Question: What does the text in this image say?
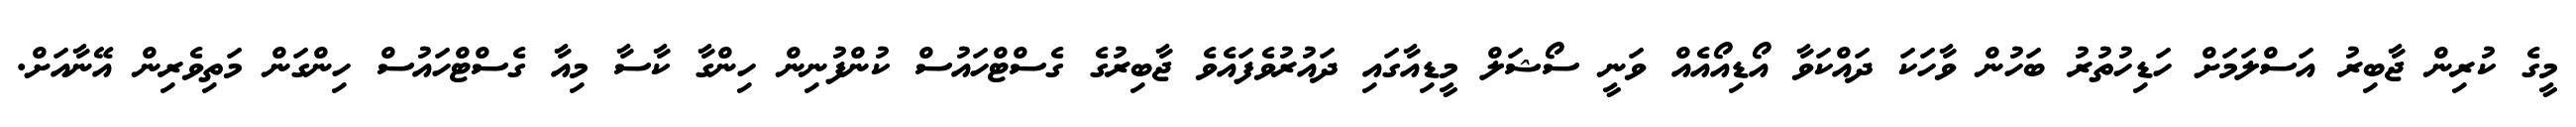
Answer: މީގެ ކުރިން ޖާބިރު އަސްލަމަށް ހަޑިހުތުރު ބަހުން ވާހަކަ ދައްކަވާ އޯޑިއޯއެއް ވަނީ ސޯޝަލް މީޑިއާގައި ދައުރުވެފައެވެ ޖާބިރުގެ ގެސްޓްހައުސް ކުންފުނިން ހިންގާ ކާސާ މިއާ ގެސްޓްހައުސް ހިންގަން މަތިވެރިން އޭނާއަށް.